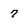
Character: 7